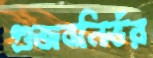
গুজবনির্ভর